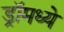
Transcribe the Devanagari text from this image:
ड्रॉमध्ये